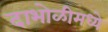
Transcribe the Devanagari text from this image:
दाभोळीमध्ये